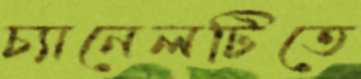
চ্যানেলটিতে